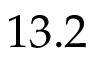
1 3 . 2